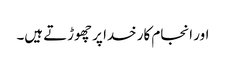
اور انجام کار خدا پر چھوڑتے ہیں۔